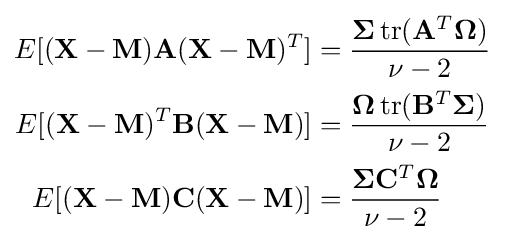
{\begin{aligned}E[(\mathbf {X} -\mathbf {M} )\mathbf {A} (\mathbf {X} -\mathbf {M} )^{T}]&={\frac {\mathbf {\Sigma } \operatorname {tr} (\mathbf {A} ^{T}\mathbf {\Omega } )}{\nu -2}}\\E[(\mathbf {X} -\mathbf {M} )^{T}\mathbf {B} (\mathbf {X} -\mathbf {M} )]&={\frac {\mathbf {\Omega } \operatorname {tr} (\mathbf {B} ^{T}\mathbf {\Sigma } )}{\nu -2}}\\E[(\mathbf {X} -\mathbf {M} )\mathbf {C} (\mathbf {X} -\mathbf {M} )]&={\frac {\mathbf {\Sigma } \mathbf {C} ^{T}\mathbf {\Omega } }{\nu -2}}\end{aligned}}